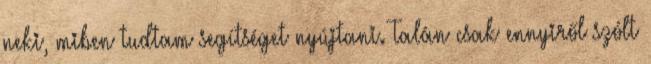
neki, miben tudtam segítséget nyújtani. Talán csak ennyiről szólt